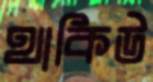
থাকিউ